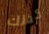
كذلك